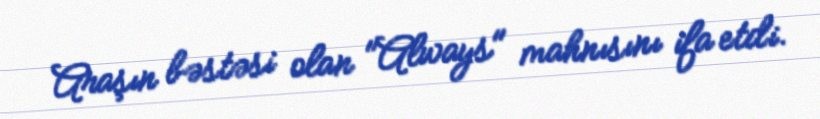
Araşın bəstəsi olan "Always" mahnısını ifa etdi.